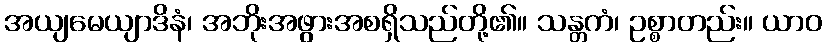
အယျမေယျာဒိနံ၊ အဘိုးအဖွားအစရှိသည်တို့၏။ သန္တကံ၊ ဥစ္စာတည်း။ ယာဝ